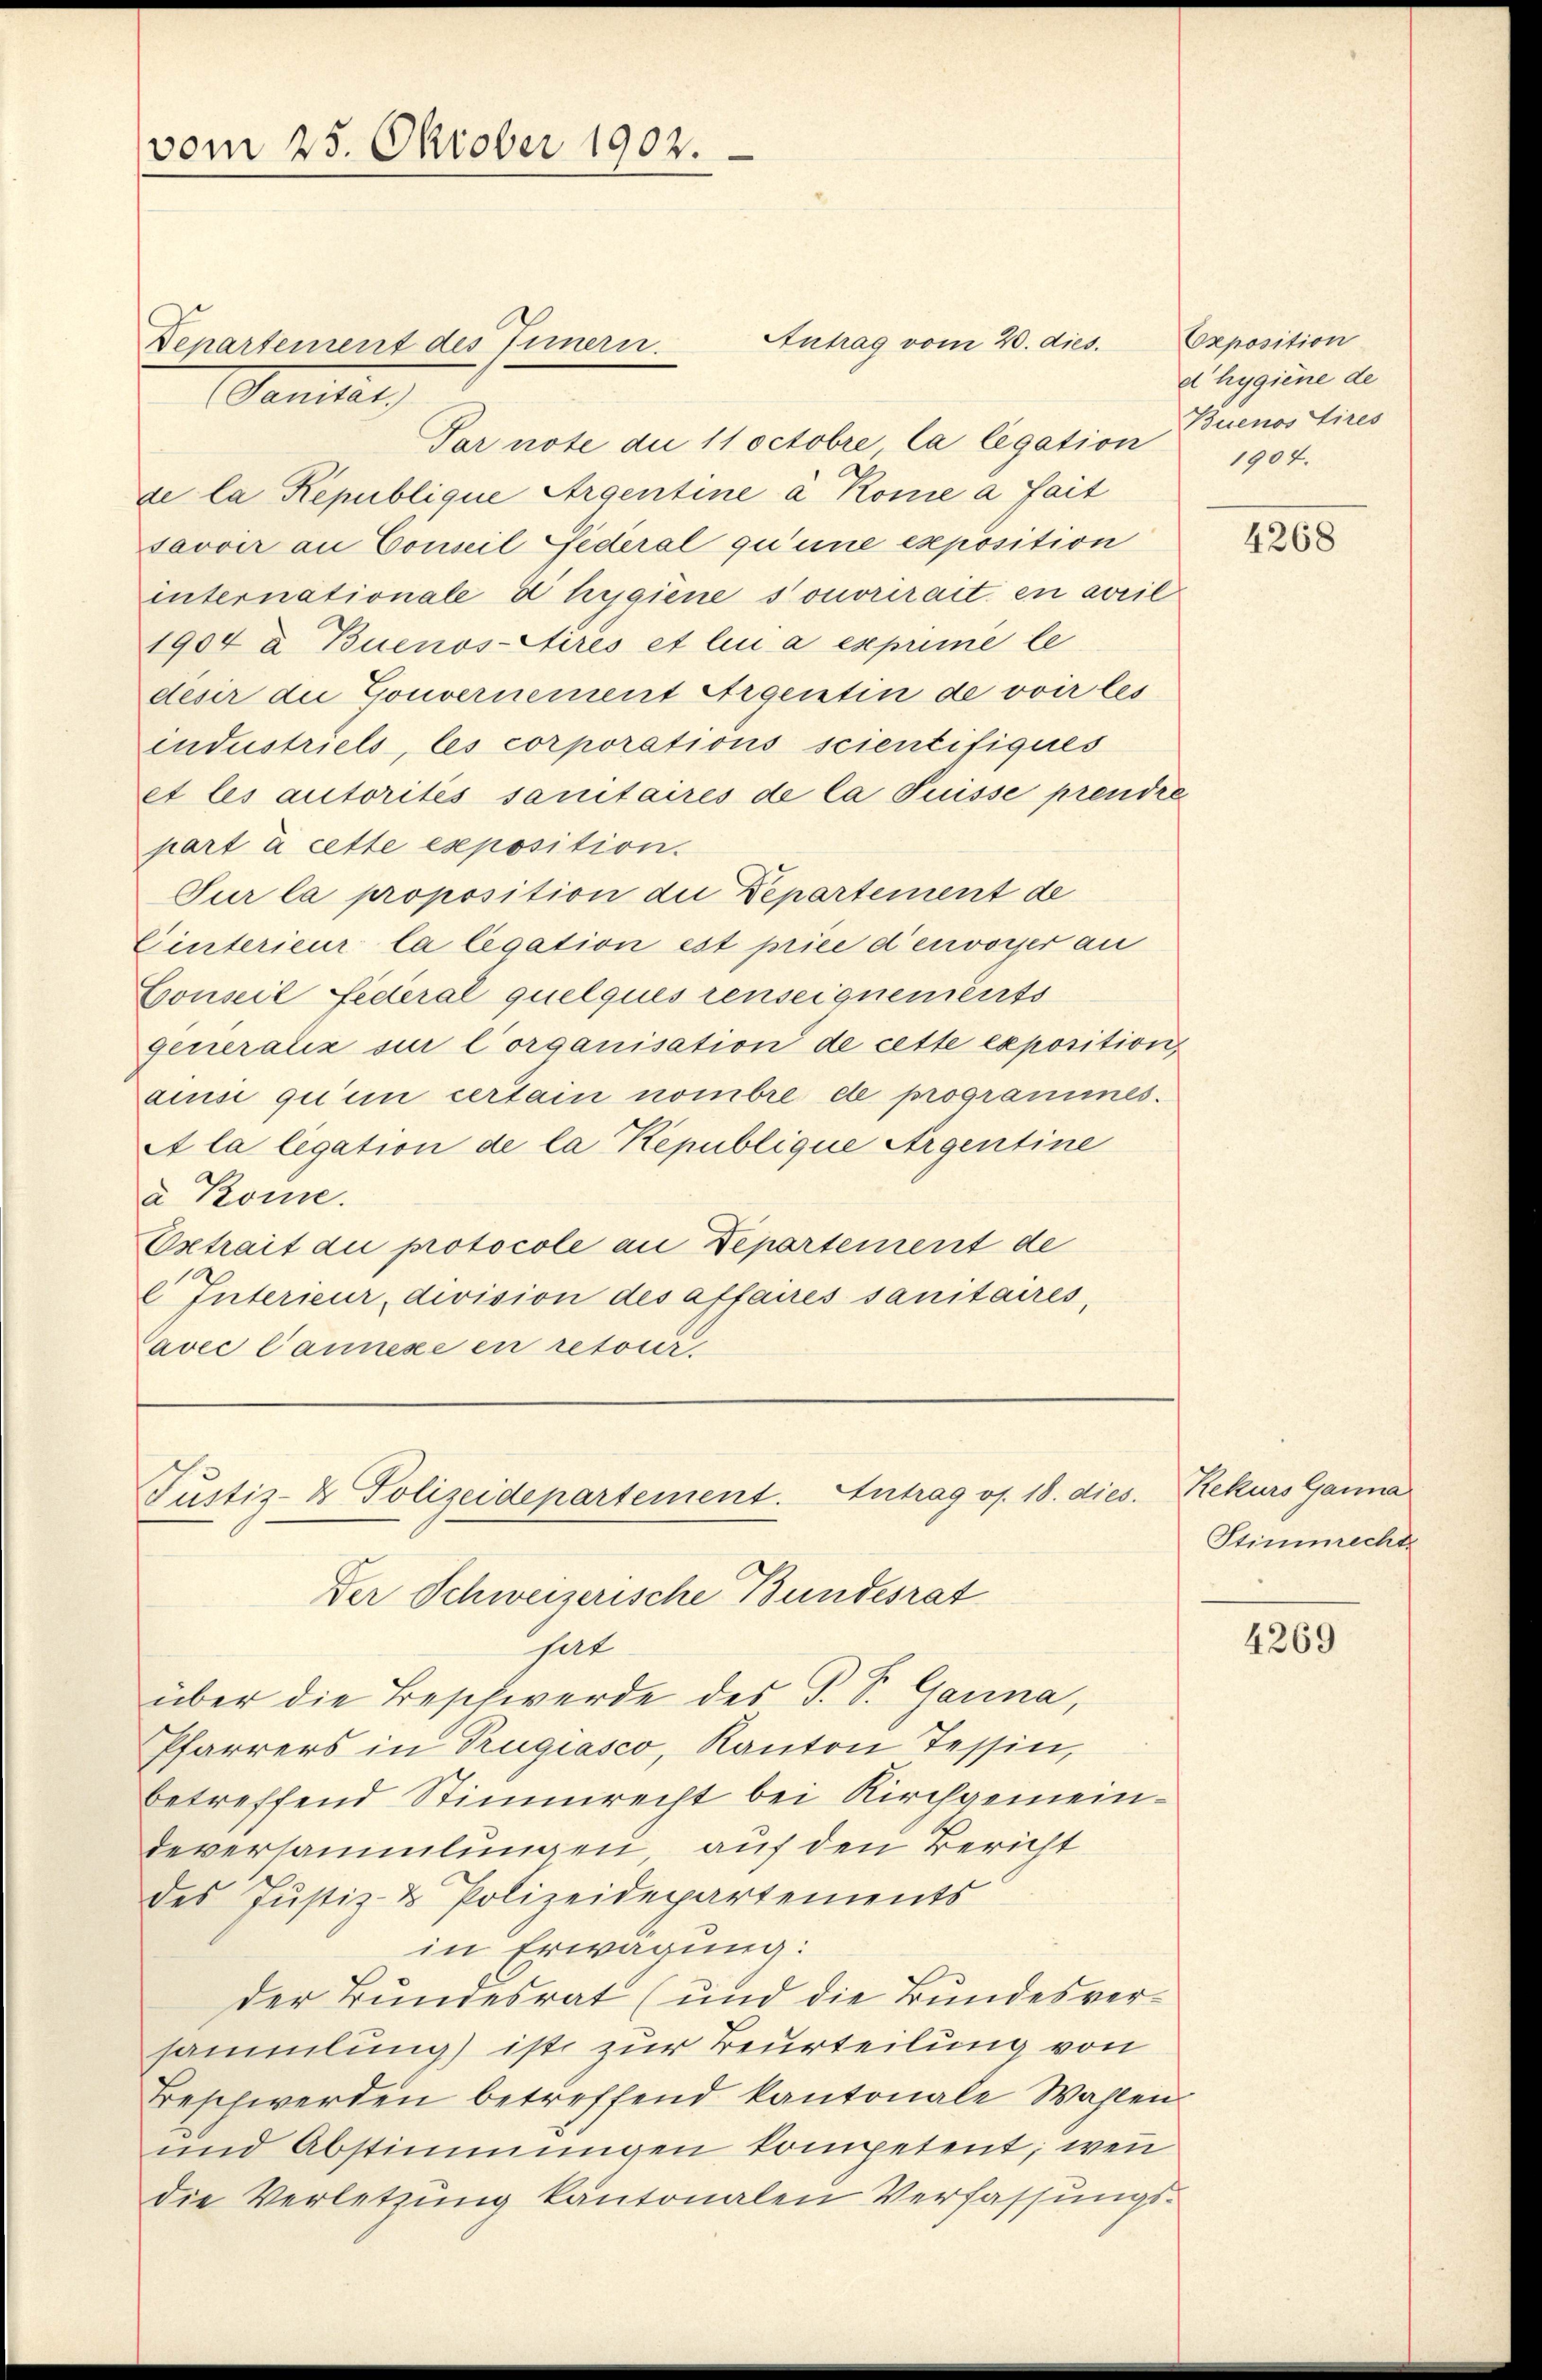
vom 25. Oktober 1902.

Sanitat
Par note die 11 Octobre la legation
de la République Argentine à Kome a fait
savoir an Conseil Federal qu’une exposition
internationale d hygiene souvrirait en aveil
1904 & Buenos-Atirés et lui a exprimé le
desir die Gouvernement Argentin de voir les
industriels, les corporations scientifiques
et les autorités sanitaires de la Suisse prendre
part à cette exposition.
Sur la proposition die Departement de
Cinterieur la legation est price d’envorger an
Conseil Federal quelques renseignements
generaliz si lorganisation de cette exposition
aisi qui certain nombre de programmes.
A la legation de la Republique Argentine
a Kome.
Extrait die protocole an Departement de
l Interieur, division des affaires sanitaires,
avec l’annexe en retour.

Departement des Innern.

über die Beschwerde des P. S. Ganna,
Pfarrers in Trugiasco, Kanton Tessin,
betreffend Stimmrecht bei Kirchgemeindeversammlungen, auf den Bericht
des Justiz- & Polizeidepartements
in Erwägung:
der Bundesrat (und die Bundesversammlung ist zur Beurteilung von
Beschwerden betreffend kantonale Wahlen
und Abstimmungen kompetent; wenn
die Verletzung kantonalen Verfassungs¬

Antrag vom 20. dies.

Justiz- & Polizeidepartement. Antrag os. 18. dies
Der Schweizerische Bundesrat
hat

Cxposition
dhygiene de
Buenos Aires
1904.

4268

Rekurs Ganna
Stimmrechte

4269